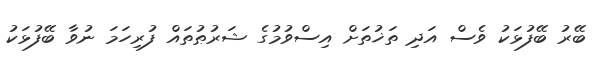
ބޭރު ބޭފުޅަކު ވެސް އަދި ތަޚުތަށް އިސްވުމުގެ ޝަރުޠުތައް ފުރިހަމަ ނުވާ ބޭފުޅަކު